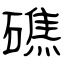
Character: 礁